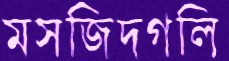
মসজিদগলি